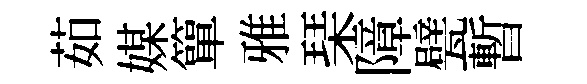
茹媒簞雅琹障甓暫